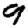
Digit: 9